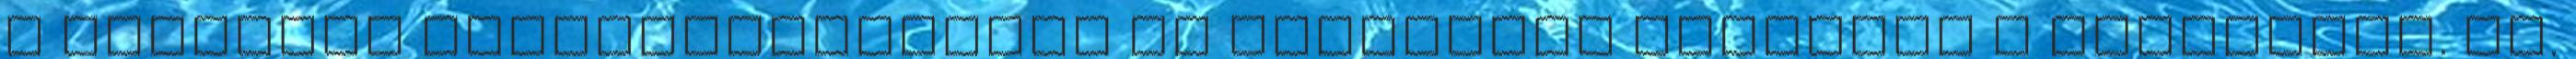
a tisztelt szakbizottságnak ez elkerülte valahogy a figyelmét. Dr.